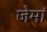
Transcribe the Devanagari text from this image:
जेमां